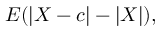
E ( | X - c | - | X | ) ,